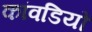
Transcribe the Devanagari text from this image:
कांवडियों